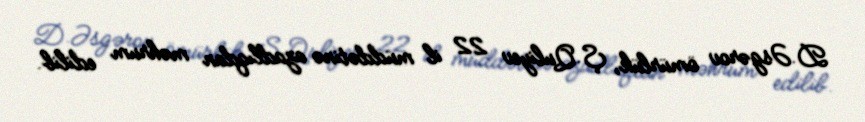
D.Əsgərov ömürlük, Ş.Quliyev 22 il müddətinə azadlıqdan məhrum edilib.